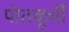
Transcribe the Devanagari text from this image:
पोतकूर्ची